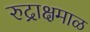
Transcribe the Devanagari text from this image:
रुद्राक्षमाळ